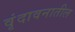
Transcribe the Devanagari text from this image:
वृंदावनातील